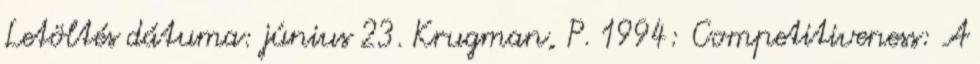
Letöltés dátuma: június 23. Krugman, P. 1994: Competitiveness: A